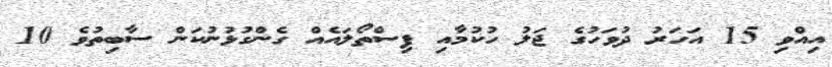
އިއްވި 15 އަހަރު ދުވަހުގެ ޖަލު ހުކުމާއި ފިސްތޯލައެއް ގެންގުޅުނުކަން ސާބިތުވެ 10